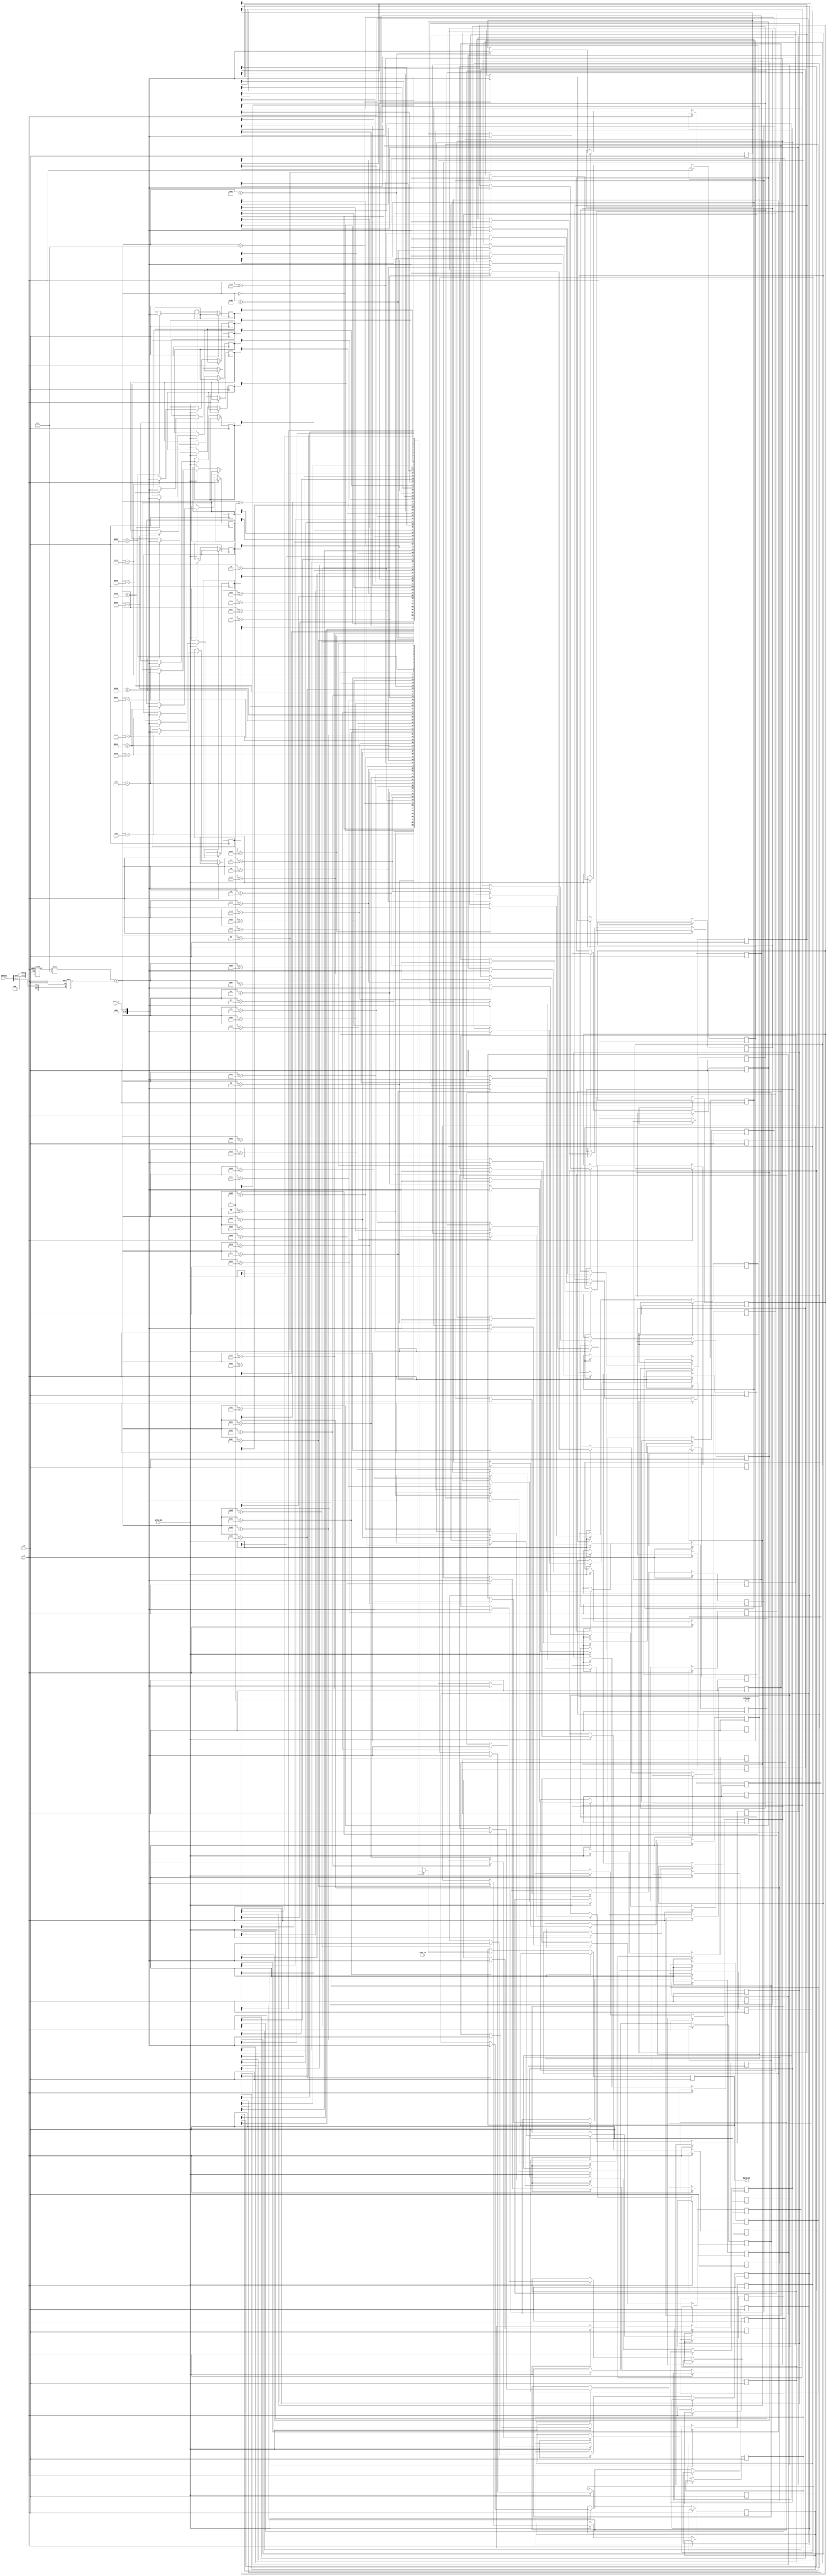
module MemoryBlocksDRAM (
   input wire clk,
   input wire rst,
   input wire read_en,
   input wire write_en,
   input wire [ADDR_WIDTH-1:0] address,
   input wire data_in,
   output reg data_out,
   output wire refresh
);

// Parameters
parameter ROW_WIDTH = 8; // Number of rows
parameter COL_WIDTH = 8; // Number of columns
parameter ADDR_WIDTH = $clog2(ROW_WIDTH*COL_WIDTH); // Address width
parameter MEM_SIZE = ROW_WIDTH*COL_WIDTH; // Total number of memory cells

// Internal signals
reg [MEM_SIZE-1:0] memory [ROW_WIDTH-1:0][COL_WIDTH-1:0]; // Memory array
reg [ADDR_WIDTH-1:0] row_addr;
reg [ADDR_WIDTH-1:0] col_addr;

always @ (posedge clk or posedge rst) begin
   if (rst) begin
      row_addr <= 0;
      col_addr <= 0;
   end else begin
      row_addr <= address[ADDR_WIDTH-1:ADDR_WIDTH-$clog2(ROW_WIDTH)];
      col_addr <= address[ADDR_WIDTH-$clog2(ROW_WIDTH)-1:0];
      
      if (read_en) begin
         data_out <= memory[row_addr][col_addr];
      end
      
      if (write_en) begin
         memory[row_addr][col_addr] <= data_in;
      end
   end
end

assign refresh = 1'b1; // Placeholder for memory cell refreshing mechanism

endmodule